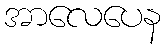
အာလေပေန